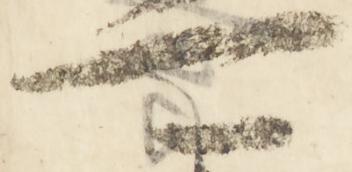
可